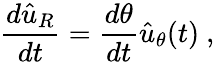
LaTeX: {\frac{d{\hat{u}}_{R}}{dt}}={\frac{d\theta}{dt}}{\hat{u}}_{\theta}(t)\ ,